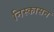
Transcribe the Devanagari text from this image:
निस्कासन